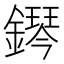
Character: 𨬩